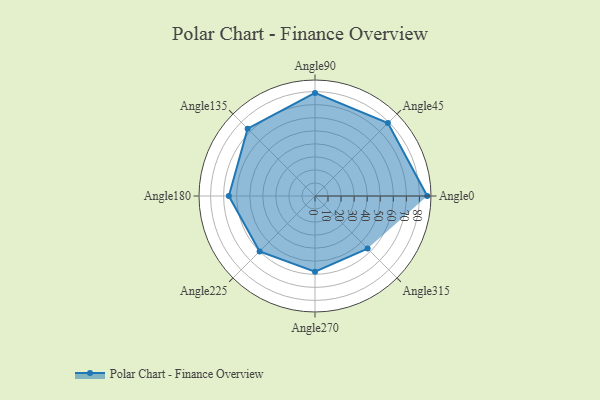
{"axis": {"x": "Angle", "y": "Radius"}, "legend": [""], "data": [{"x": "Angle0", "y": 86.0, "type": ""}, {"x": "Angle45", "y": 79.0, "type": ""}, {"x": "Angle90", "y": 79.0, "type": ""}, {"x": "Angle135", "y": 73.0, "type": ""}, {"x": "Angle180", "y": 66.0, "type": ""}, {"x": "Angle225", "y": 60.0, "type": ""}, {"x": "Angle270", "y": 58.0, "type": ""}, {"x": "Angle315", "y": 57.0, "type": ""}]}